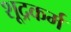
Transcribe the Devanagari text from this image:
शूद्रकर्म